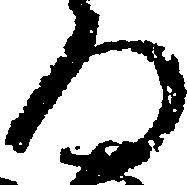
ろ